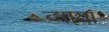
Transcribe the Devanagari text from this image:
ब्नाया